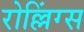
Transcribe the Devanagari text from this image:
रोल्लिंग्स